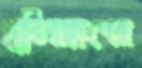
প্রতিরক্ষণের